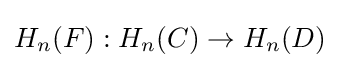
H_{n}(F):H_{n}(C)\to H_{n}(D)